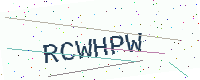
Text: RCWHPW